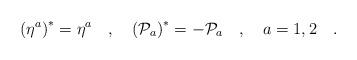
LaTeX: \begin{align*}\left(\eta^a\right)^*=\eta^a\ \ \ ,\ \ \ \left({\cal P}_a\right)^*=-{\cal P}_a\ \ \ ,\ \ \ a=1,2\ \ \ .\end{align*}